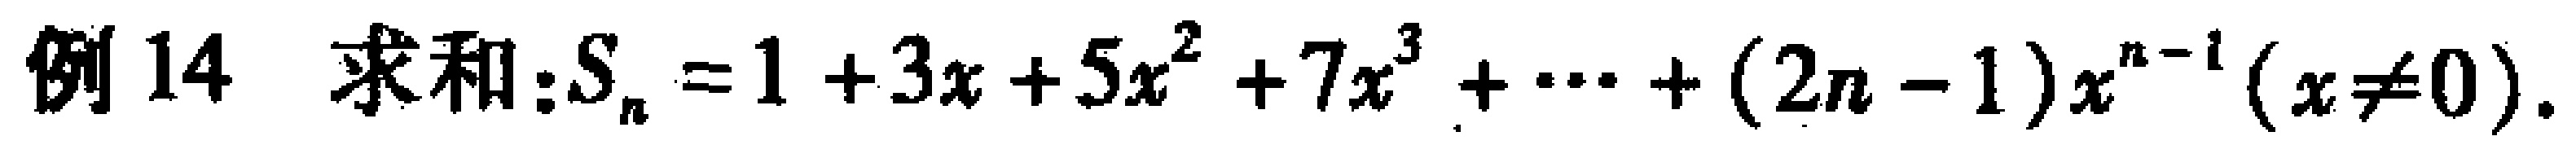
例14 求和：\(S_{n}=1 + 3x + 5x^{2}+7x^{3}+\cdots+(2n - 1)x^{n - 1}(x\neq0)\)